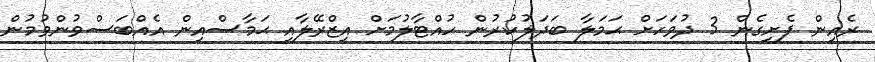
ރެއިން ފެށިގެން 3 ދުވަހަށް ޙަމަލާ ބަދަލުކުރުން ހުއްޓާލުމަށް އިޒްރޭލާއި ޙަމާސްއިން އެއްބަސްވުންވުމުން